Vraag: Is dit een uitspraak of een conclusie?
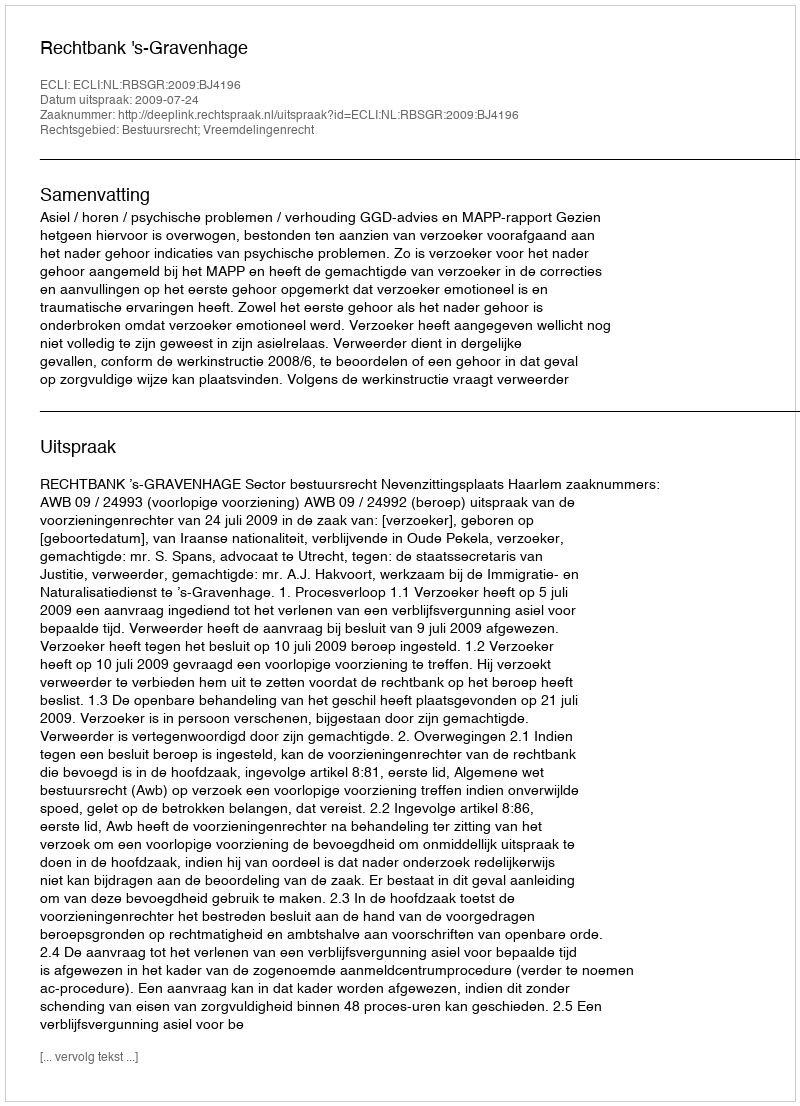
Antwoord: Uitspraak